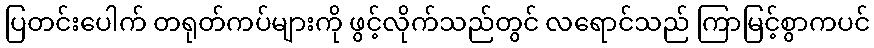
ပြတင်းပေါက် တရုတ်ကပ်များကို ဖွင့်လိုက်သည်တွင် လရောင်သည် ကြာမြင့်စွာကပင်